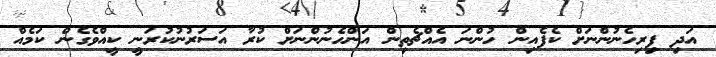
އަދި ފިރިހެނުންނަށް ކެފެއިން ހުންނަ އެއްޗެތިން އަންހެނުންނަށް ކުރާ އަސަރުނުކުރަނީ ކީއްވެގެން ކަމެއް